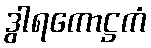
ဒွါရကောဋ္ဌကံ